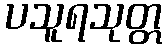
ပသူရသုတ္တ